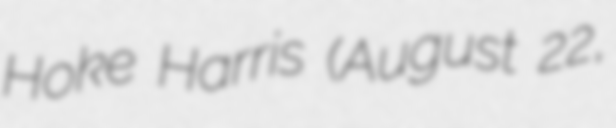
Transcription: Hoke Harris (August 22,